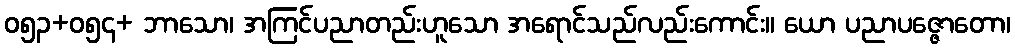
ဝ၅၃+၀၅၄+ ဘာသော၊ အကြင်ပညာတည်းဟူသော အရောင်သည်လည်းကောင်း။ ယော ပညာပဇ္ဇောတော၊